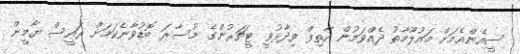
ސީއެންއެމަށް މައުލޫމާތު ދެއްވަމުން އާތިފް ވިދާޅުވީ ޓީޗަރުންގެ މުސާރަ ބޮޑުވާނެކަމަށް ރައީސް ޔާމީން